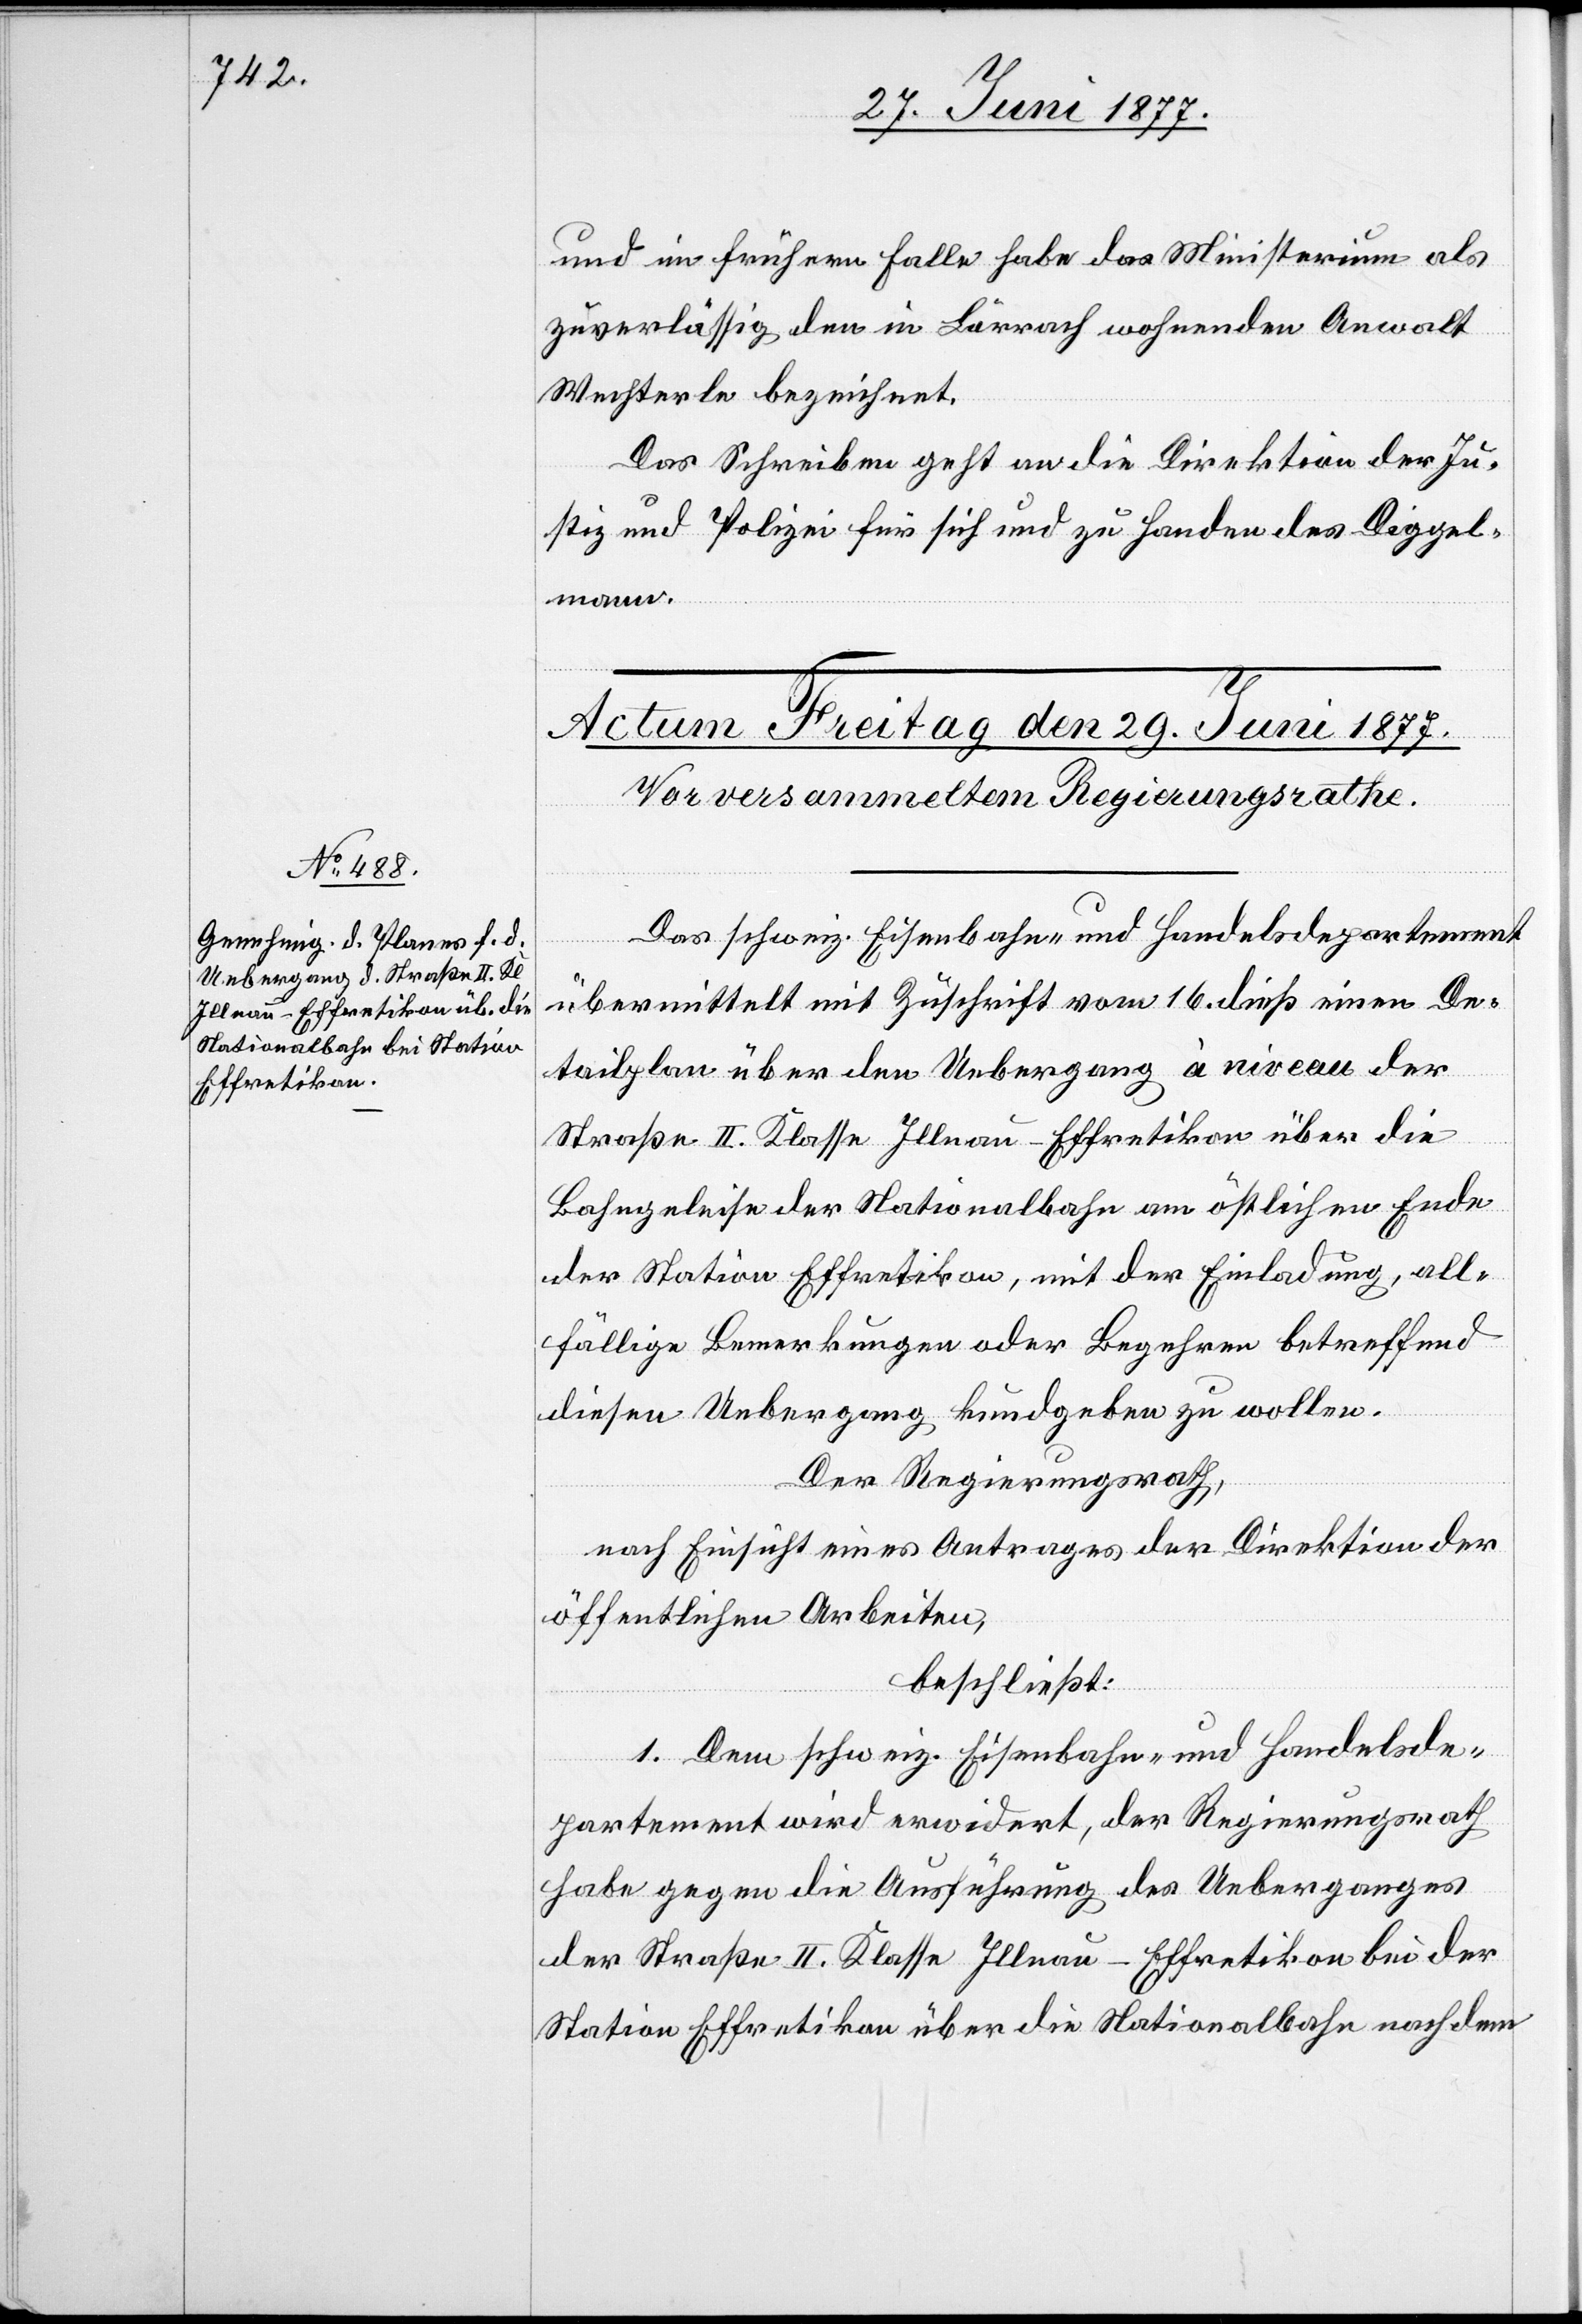
und im frühern Falle habe das Ministerium als
zuverlässig den in Lörrach wohnenden Anwalt
Wechterle bezeichnet.
Das Schreiben geht an die Direktion der Ju¬
stiz und Polizei für sich und zu Handen des Diggel¬
mann.
Das schweiz. Eisenbahn- und Handelsdepartement
übermittelt mit Zuschrift vom 16. dieß einen De¬
tailplan über den Uebergang à niveau der
Straße II. Klasse Illnau–Effretikon über die
Bahngeleise der Nationalbahn am östlichen Ende
der Station Effretikon, mit der Einladung, all¬
fällige Bemerkungen oder Begehren betreffend
diesen Uebergang kundgeben zu wollen.
Der Regierungsrath,
nach Einsicht eines Antrages der Direktion der
öffentlichen Arbeiten,
beschließt:
1. Dem schweiz. Eisenbahn- und Handelsde¬
partement wird erwiedert, der Regierungsrath
habe gegen die Ausführung des Ueberganges
der Straße II. Klasse Illnau–Effretikon bei der
Station Effretikon über die Nationalbahn nach dem